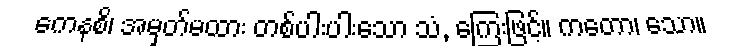
ကေနစိ၊ အမှတ်မထား တစ်ပါးပါးသော သံ, ကြေးဖြင့်။ ကတော၊ သော။